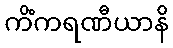
ကိံကရဏီယာနိ